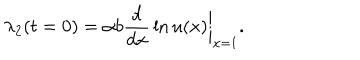
\lambda _ { 2 } ( t = 0 ) = \alpha b { \frac { d } { d x } } \ln u ( x ) \bigg | _ { x = 1 } .